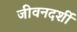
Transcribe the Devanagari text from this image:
जीवनदर्शी